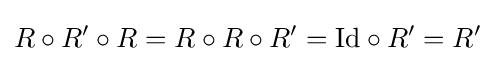
R\circ R'\circ R=R\circ R\circ R'={\rm {Id}}\circ R'=R'